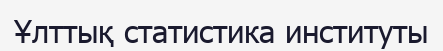
Ұлттық статистика институты